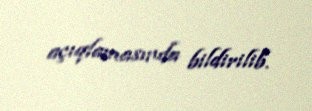
açıqlamasında bildirilib.